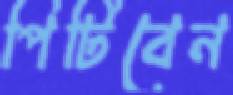
পিটিবেন